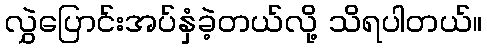
လွှဲပြောင်းအပ်နှံခဲ့တယ်လို့ သိရပါတယ်။